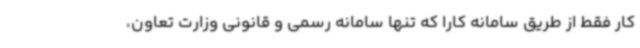
کار فقط از طریق سامانه کارا که تنها سامانه رسمی و قانونی وزارت تعاون،